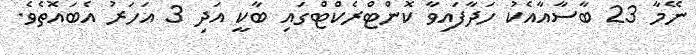
ނޭމާ 23 ބާސާއާއެކު ހަދާފައިވާ ކޮންޓްރެކްޓްގައި ބާކީ އަދި 3 އަހަރު އެބައޮތެވެ.